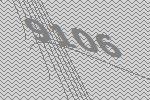
9106